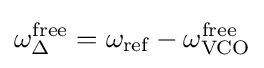
\omega _{\Delta }^{\text{free}}=\omega _{\text{ref}}-\omega _{\text{VCO}}^{\text{free}}